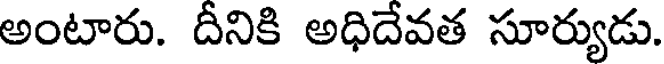
అంటారు. దీనికి అధిదేవత సూర్యుడు.